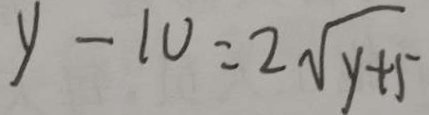
y - 1 0 = 2 \sqrt { y + 5 }